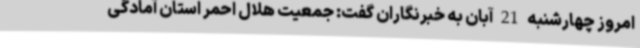
امروز چهارشنبه 21 آبان به خبرنگاران گفت: جمعیت هلال احمر استان آمادگی